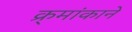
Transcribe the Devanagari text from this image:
क्र्मांकाने